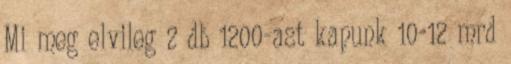
Mi meg elvileg 2 db 1200-ast kapunk 10-12 mrd